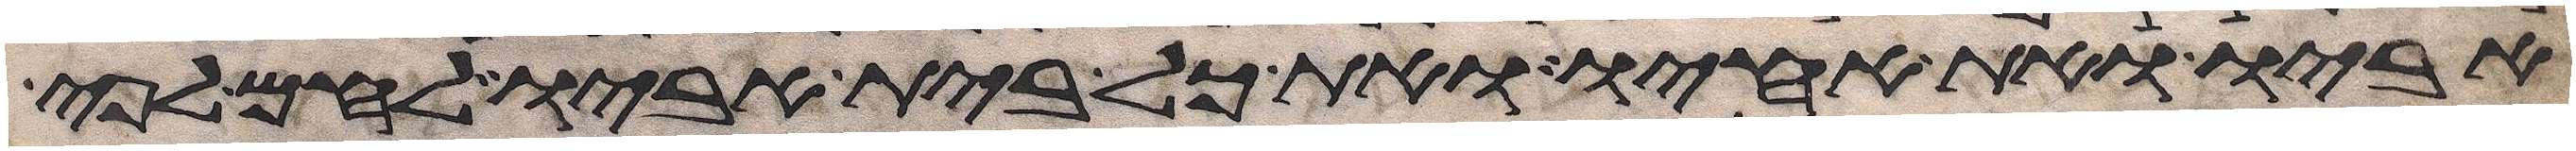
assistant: אביו ואת אחיו ואת כל בית אביו לחם לפי